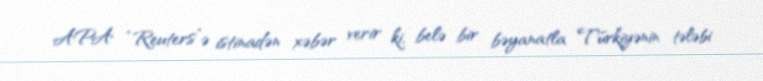
APA “Reuters”ə istinadən xəbər verir ki, belə bir bəyanatla Türkiyənin tələbi